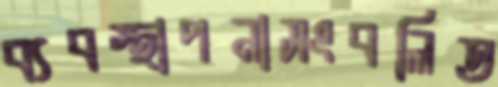
ব্যবস্থাপনাসংবলিত